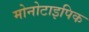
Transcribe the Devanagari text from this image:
मोनोटाइपिक